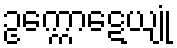
ဥက္ကောဋေယျုံ